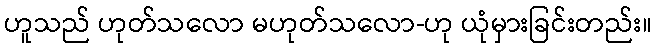
ဟူသည် ဟုတ်သလော မဟုတ်သလော-ဟု ယုံမှားခြင်းတည်း။